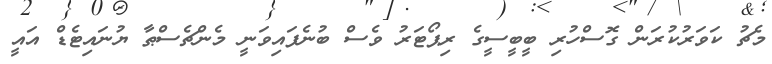
މެޗު ކަވަރުކުރަން ގޮސްހުރި ބީބީސީގެ ރިޕޯޓަރު ވެސް ބުނެފައިވަނީ މެންޗެސްޠާ ޔުނައިޓެޑް އައީ